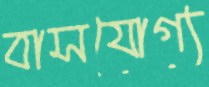
বাসযোগ্য